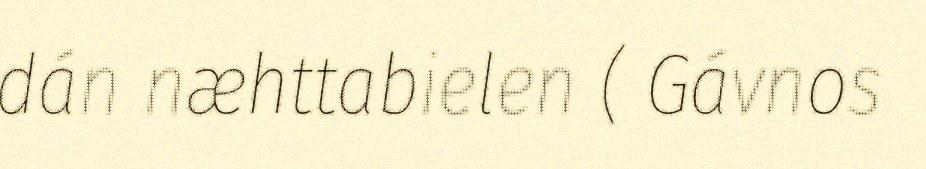
dán næhttabielen ( Gávnos